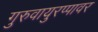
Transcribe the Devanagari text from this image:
गुरुवायुरप्पावर